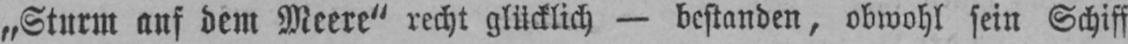
„Sturm auf dem Meere“ recht glücklich - bestanden, obwohl sein Schiff